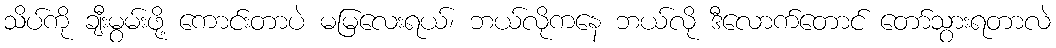
သိပ်ကို ချီးမွမ်းဖို့ ကောင်းတာပဲ မမြလေးရယ်၊ ဘယ်လိုကနေ ဘယ်လို ဒီလောက်တောင် တော်သွားရတာလဲ